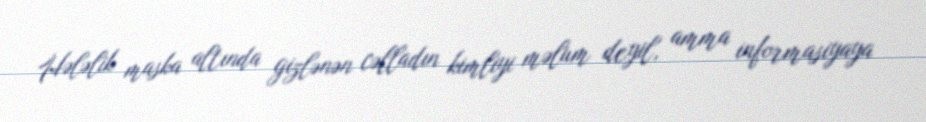
Hələlik maska altında gizlənən cəlladın kimliyi məlum deyil, amma informasiyaya